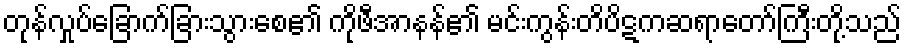
တုန်လှုပ်ခြောက်ခြားသွားစေ၏ ကိုဖီအာနန်၏ မင်းကွန်းတိပိဋကဆရာတော်ကြီးတို့သည်